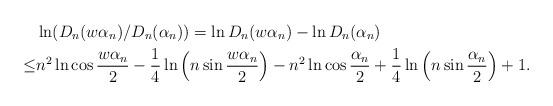
LaTeX: \begin{align*}&\ln (D_n(w\alpha_n)/D_n(\alpha_n))=\ln D_n(w\alpha_n)-\ln D_n(\alpha_n)\\ \leq& n^2\ln\cos\frac{w\alpha_n}{2}-\frac{1}{4}\ln\left(n\sin\frac{w\alpha_n}{2}\right) -n^2\ln\cos\frac{\alpha_n}{2}+\frac{1}{4}\ln\left(n\sin\frac{\alpha_n}{2}\right)+1 .\end{align*}